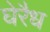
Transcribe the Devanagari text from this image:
घेरैध